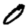
Digit: 0